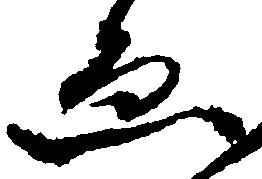
ゑ